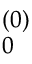
_ { 0 } ^ { ( 0 ) }